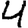
Digit: 4